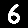
Digit: 6